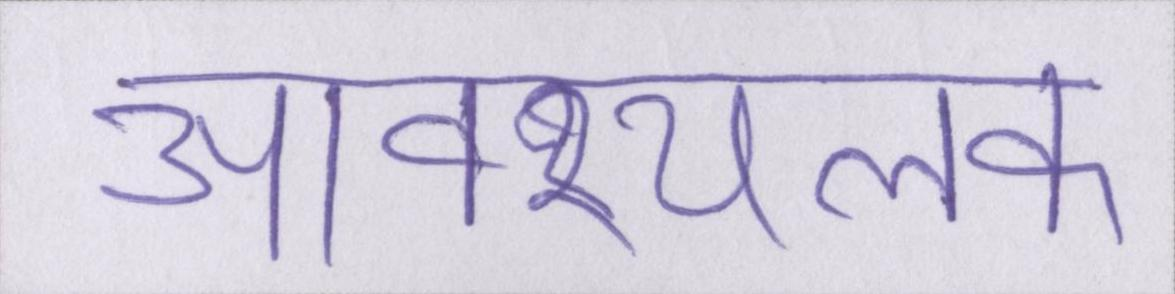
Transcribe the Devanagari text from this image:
आवश्यलक